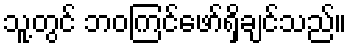
သူ့တွင် ဘဝကြင်ဖော်ရှိချင်သည်။